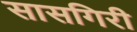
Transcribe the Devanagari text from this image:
सासगिरी